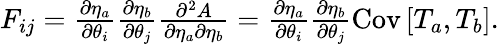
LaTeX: \begin{array}{r}{F_{ij}=\frac{\partial\eta_{a}}{\partial\theta_{i}}\frac{\partial\eta_{b}}{\partial\theta_{j}}\frac{\partial^{2}A}{\partial\eta_{a}\partial\eta_{b}}=\frac{\partial\eta_{a}}{\partial\theta_{i}}\frac{\partial\eta_{b}}{\partial\theta_{j}}\mathrm{Cov}\left[T_{a},T_{b}\right].}\end{array}